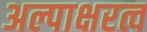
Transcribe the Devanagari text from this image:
अल्पाक्षरत्व